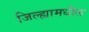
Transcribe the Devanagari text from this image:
जिल्‍ह्यामधील